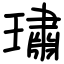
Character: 璛